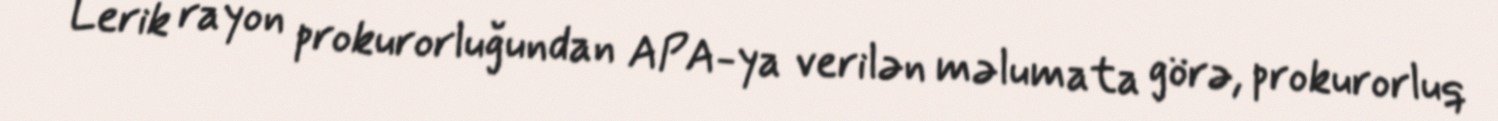
Lerik rayon prokurorluğundan APA-ya verilən məlumata görə, prokurorluq